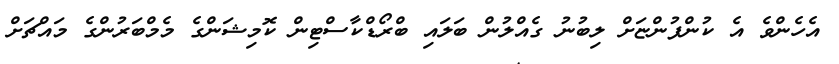
އެހެންވެ އެ ކުންފުންޏަށް ލިބުނު ގެއްލުން ބަލައި ބްރޯޑްކާސްޓިން ކޮމިޝަންގެ މެމްބަރުންގެ މައްޗަށް